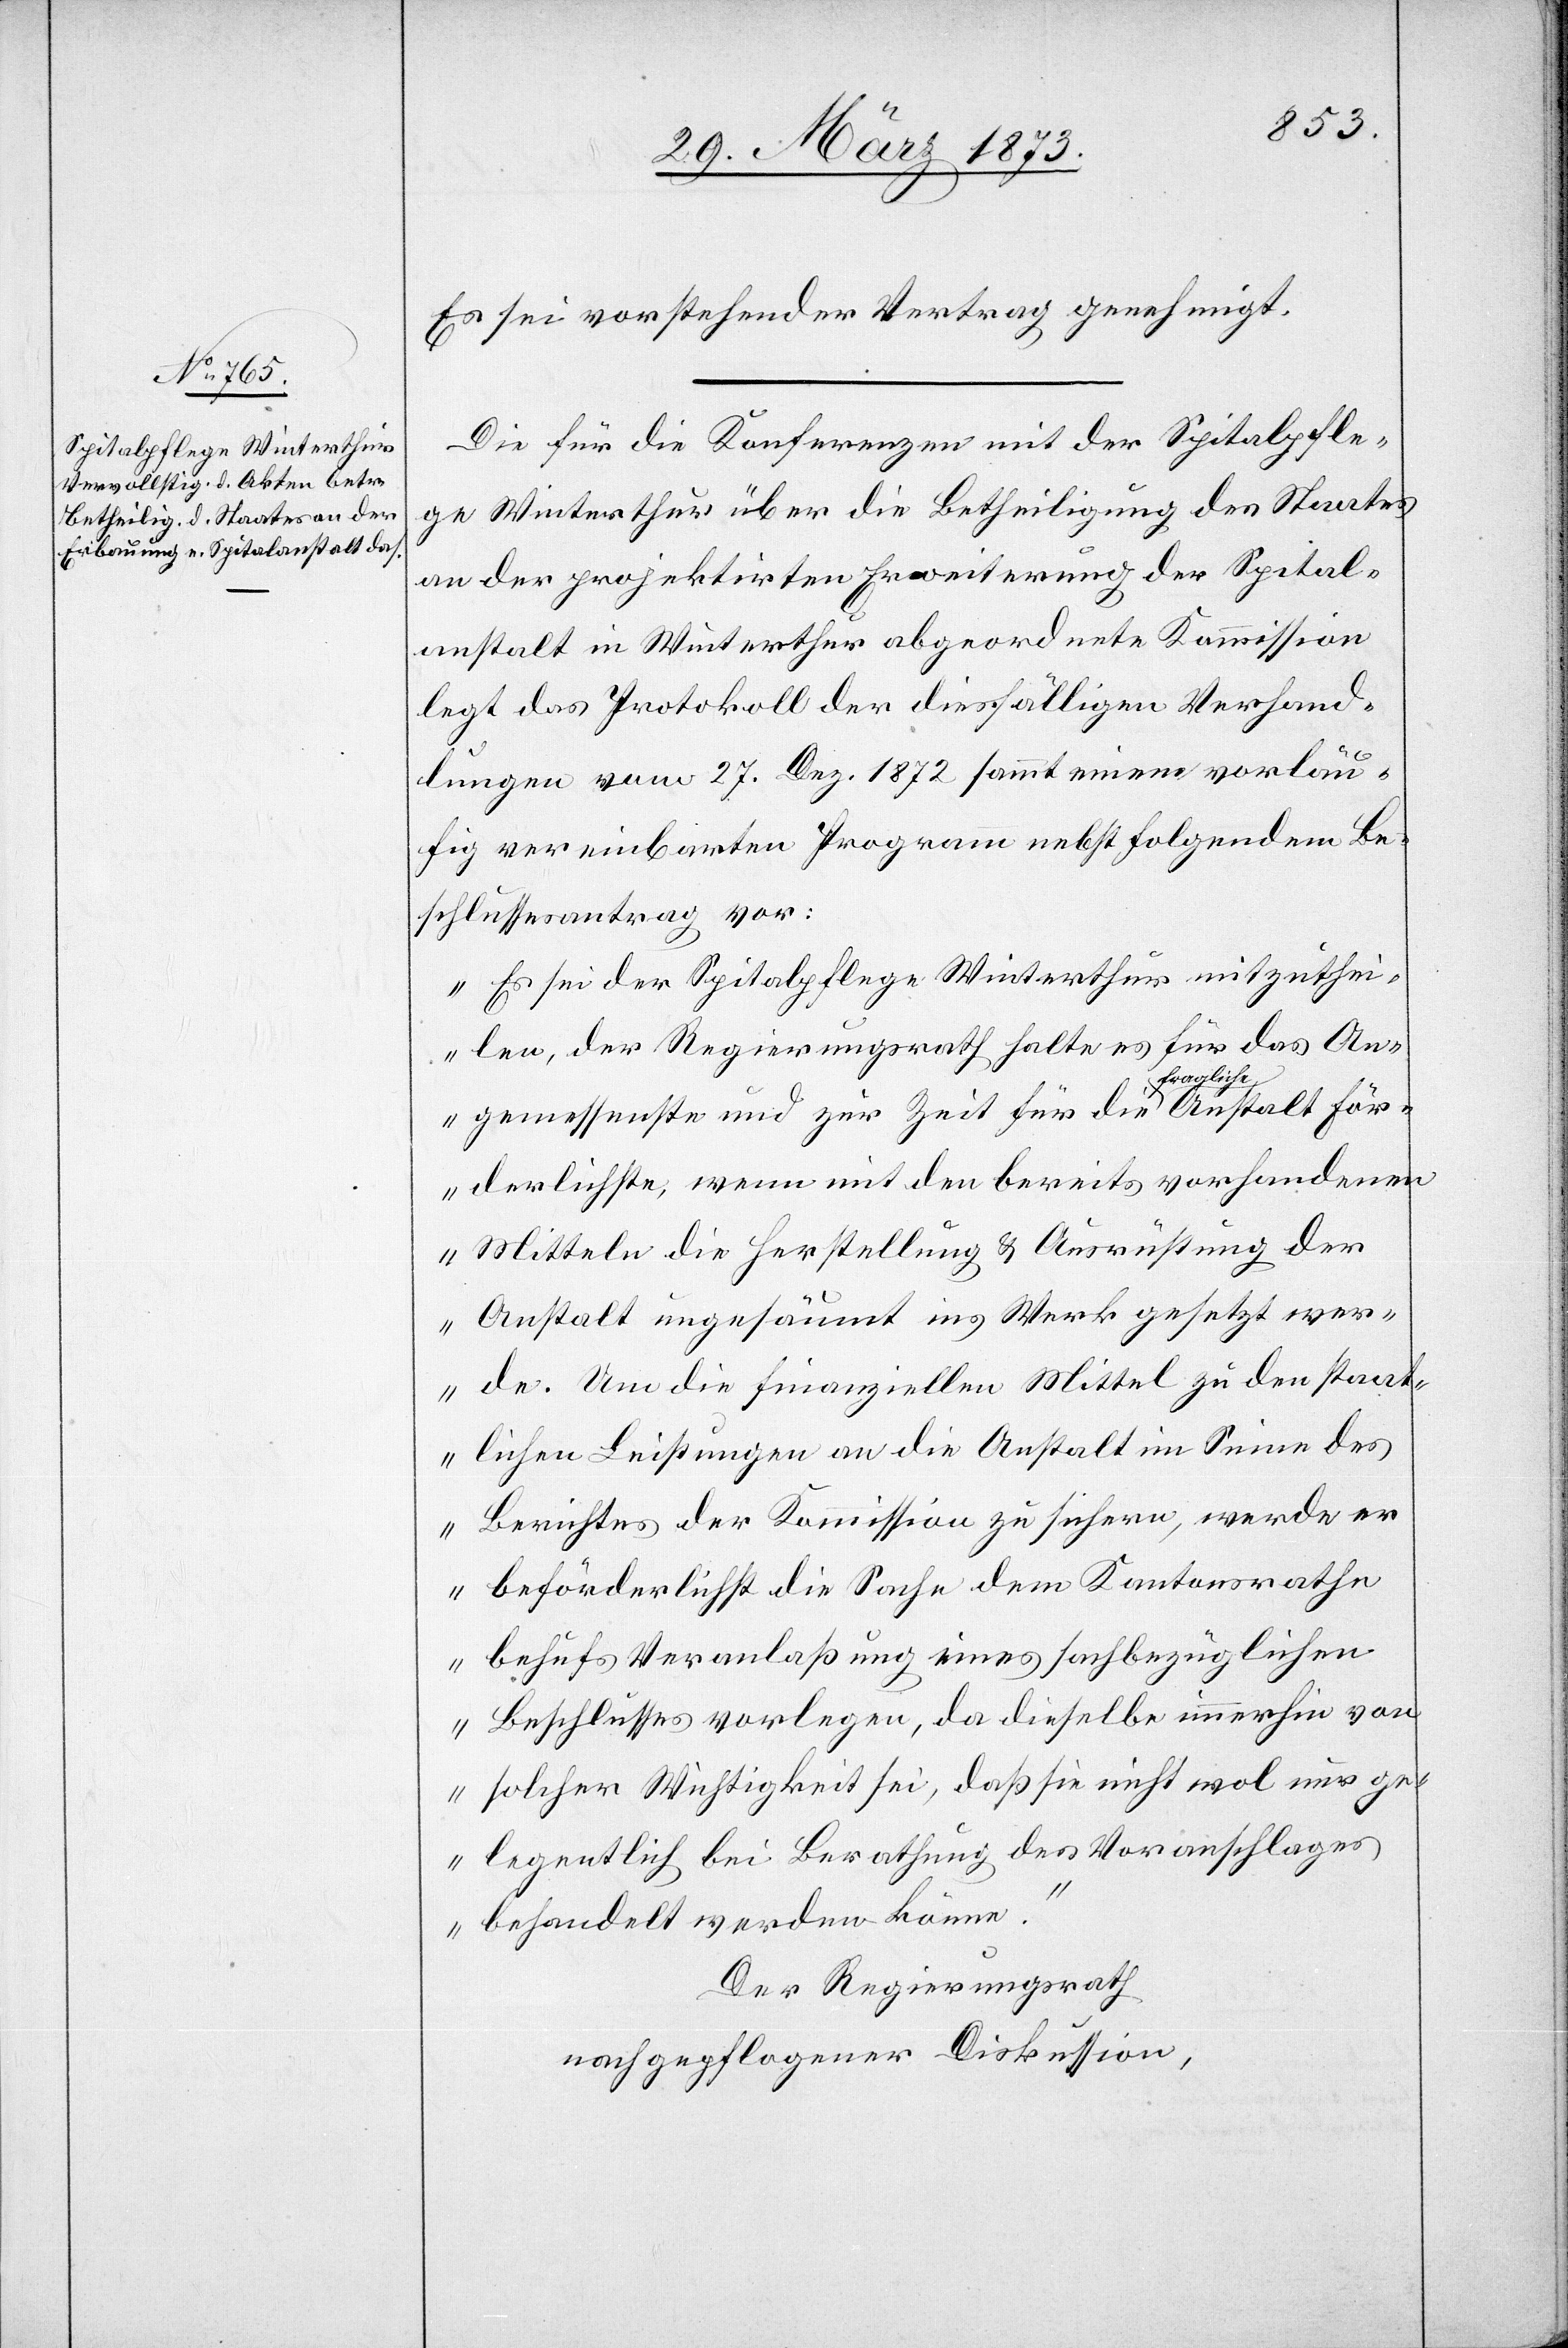
Es sei vorstehender Vertrag genehmigt.
Die für die Konferenzen mit der Spitalpfle¬
ge Winterthur über die Betheiligung des Staates
an der projektirten Erweiterung der Spital¬
anstalt in Winterthur abgeordnete Kommission
legt das Protokoll der diesfälligen Verhand¬
lungen vom 27. Dez. 1872 sammt einem vorläu¬
fig vereinbarten Programm nebst folgendem Be¬
schlussesantrag vor:
„Es sei der Spitalpflege Winterthur mitzuthei¬
len, der Regierungsrath halte es für das An¬
gemessenste und zur Zeit für die fragliche Anstalt för¬
derlichste, wenn mit dem bereits vorhandenen
Mitteln die Herstellung u. Ausrüstung der
Anstalt ungesäumt ins Werk gesetzt wer¬
de. Um die finanziellen Mittel zu den staat¬
lichen Leistungen an die Anstalt im Sinne des
Berichtes der Kommission zu sichern, werde er
beförderlichst die Sache dem Kantonsrathe
behufs Veranlaßung eines sachbezüglichen
Beschlusses vorlegen, da dieselbe immerhin von
solcher Wichtigkeit sei, daß sie nicht wol nur ge¬
legentlich bei Berathung des Voranschlages
behandelt werden könne.“
Der Regierungsrath
nach gepflogener Diskussion,